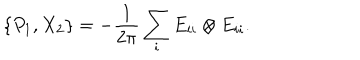
\{ P _ { 1 } , X _ { 2 } \} = - \frac { 1 } { 2 \pi } \sum _ { i } E _ { i i } \otimes E _ { i i } .